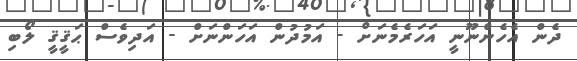
ދެން އެހެންނޫނީ އަހަރެމެނަށް - އަމުދުން އަހަންނަށް - އަދިވެސް ޙަޤީޤީ ލޯބި